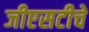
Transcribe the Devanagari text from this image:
जीएसटीचे